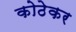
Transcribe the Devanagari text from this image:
कोठेकर